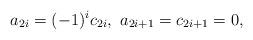
LaTeX: \begin{align*} a_{2i}=(-1)^ic_{2i}, \ a_{2i+1}=c_{2i+1}=0,\end{align*}